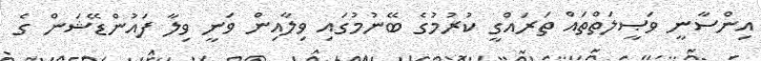
އިންސާނީ ވަޞީލަތްތައް ތަރައްގީ ކުރުމުގެ ބޭނުމުގައި ވިލާއިން ވަނީ ވިލާ ފައުންޑޭޝަން ގެ